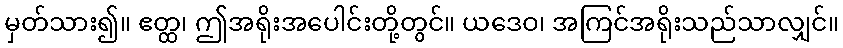
မှတ်သား၍။ ဧတ္ထ၊ ဤအရိုးအပေါင်းတို့တွင်။ ယဒေဝ၊ အကြင်အရိုးသည်သာလျှင်။